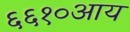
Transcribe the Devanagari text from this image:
६६१०आय